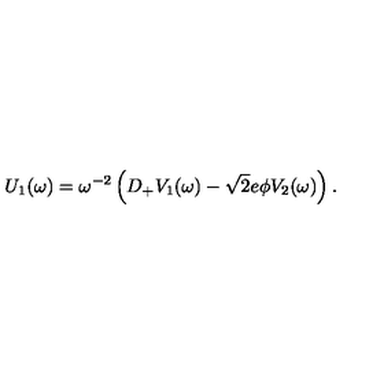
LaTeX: U _ { 1 } ( \omega ) = \omega ^ { - 2 } \left( D _ { + } V _ { 1 } ( \omega ) - \sqrt { 2 } e \phi V _ { 2 } ( \omega ) \right) .